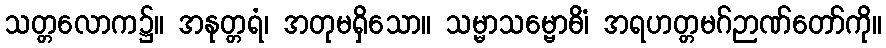
သတ္တလောက၌။ အနုတ္တရံ၊ အတုမရှိသော။ သမ္မာသမ္ဗောဓိံ၊ အရဟတ္တမဂ်ဉာဏ်တော်ကို။